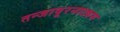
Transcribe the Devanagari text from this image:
तन्‍जावूरनाट्यम